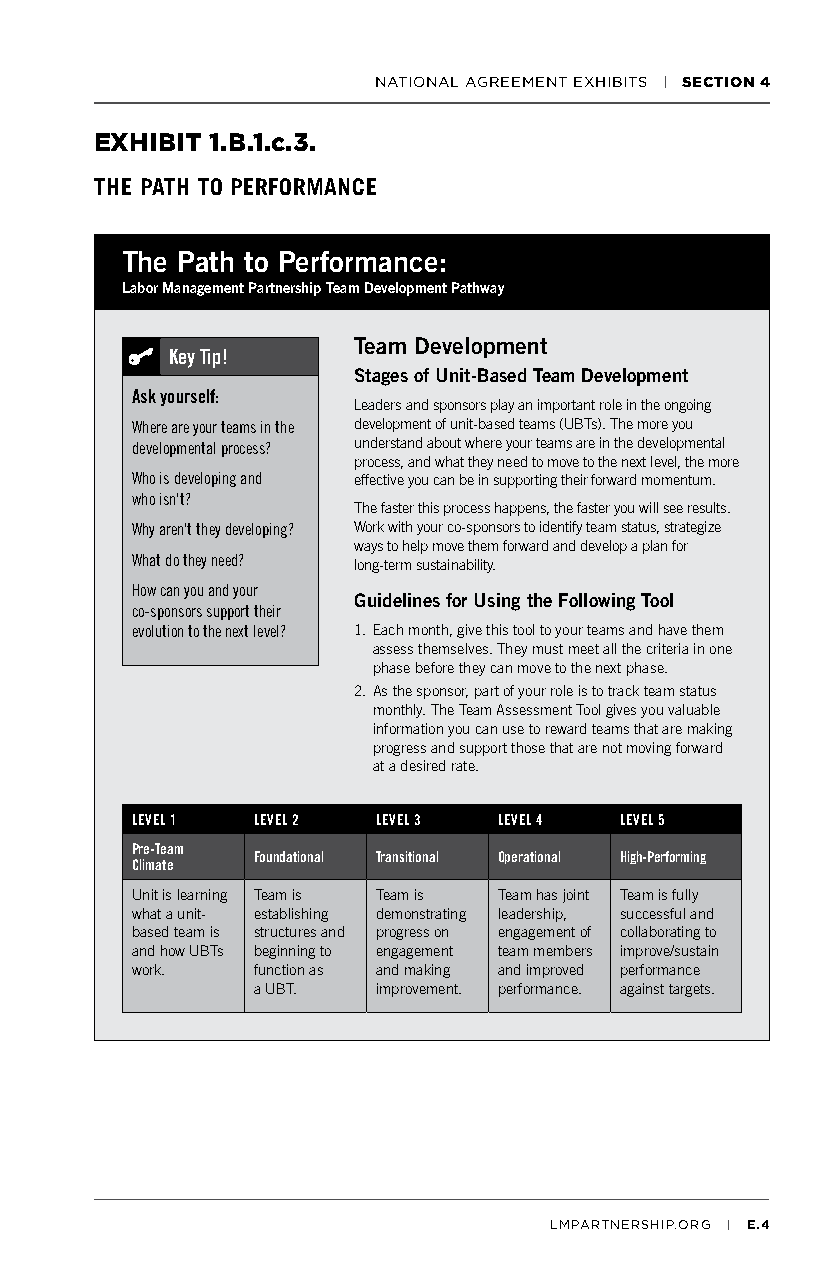
NATIONAL AGREEMENT EXHIBITS | SECTION 4
 EXHIBIT 1.B.1.c.3.
 THE PATH TO PERFORMANCE
 The Path to Performance:
 Labor Management Partnership Team Development Pathway
 Team Development
 Key Tip!
 Stages of Unit-Based Team Development
 Ask yourself:
 Leaders and sponsors play an important role in the ongoing
 Where are your teams in the development of unit-based teams (UBTs). The more you
 developmental process? understand about where your teams are in the developmental
 process, and what they need to move to the next level, the more
 Who is developing and effective you can be in supporting their forward momentum.
 who isn't?
 The faster this process happens, the faster you will see results.
 Why aren't they developing? Work with your co-sponsors to identify team status, strategize
 ways to help move them forward and develop a plan for
 What do they need? long-term sustainability.
 How can you and your
 Guidelines for Using the Following Tool
 co-sponsors support their
 evolution to the next level? 1. Each month, give this tool to your teams and have them
 assess themselves. They must meet all the criteria in one
 phase before they can move to the next phase.
 2. As the sponsor, part of your role is to track team status
 monthly. The Team Assessment Tool gives you valuable
 information you can use to reward teams that are making
 progress and support those that are not moving forward
 at a desired rate.
 LEVEL 1 LEVEL 2 LEVEL 3 LEVEL 4 LEVEL 5
 Pre-Team
 Foundational Transitional Operational High-Performing
 Climate
 Unit is learning Team is Team is Team has joint Team is fully
 what a unit- establishing demonstrating leadership, successful and
 based team is structures and progress on engagement of collaborating to
 and how UBTs beginning to engagement team members improve/sustain
 work.   function as and making and improved performance
 a UBT.  improvement. performance. against targets.
 LMPARTNERSHIP.ORG | E.4